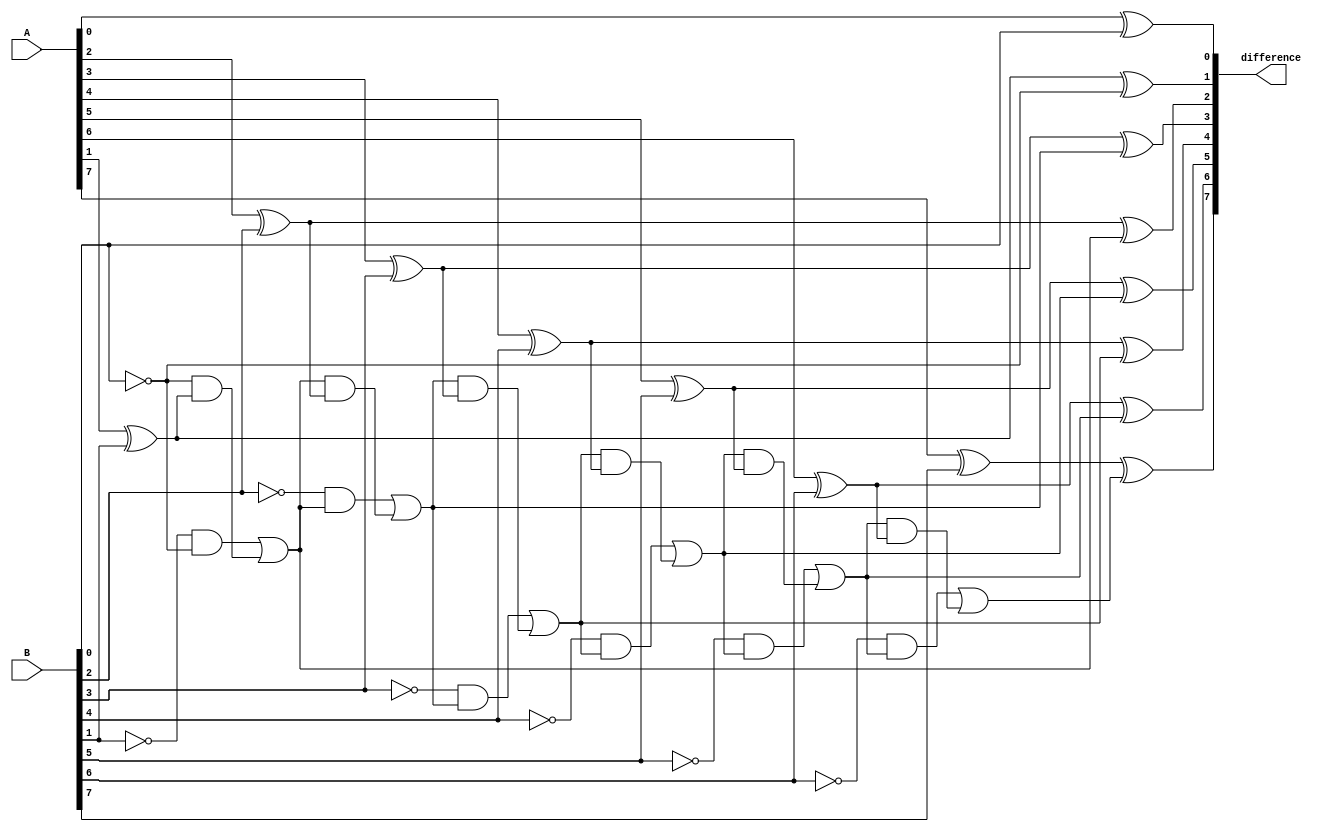
module Structural_Subtractor (
  input [7:0] A,
  input [7:0] B,
  output [7:0] difference
);

wire [7:0] borrow;
wire [7:0] sum;

assign borrow[0] = ~B[0];
assign sum[0] = A[0] ^ B[0];

genvar i;
generate
  for (i = 1; i < 8; i = i + 1) begin : subtractor_loop
    assign borrow[i] = (~B[i] & borrow[i-1]) | borrow[i-1] & (A[i] ^ B[i]);
    assign sum[i] = A[i] ^ B[i] ^ borrow[i-1];
  end
endgenerate

assign difference = sum;

endmodule